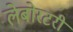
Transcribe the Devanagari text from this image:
लेबोरटरी